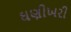
ઘણીખરી